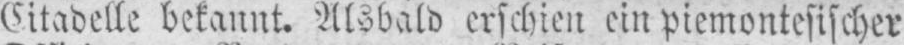
Citadelle bekannt. Alsbald erschien ein piemontesischer